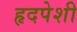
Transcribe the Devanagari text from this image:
हृदपेशी